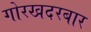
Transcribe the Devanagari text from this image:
गोरखदरबार